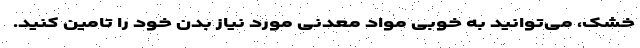
خشک، می‌توانید به خوبی مواد معدنی مورد نیاز بدن خود را تامین کنید.